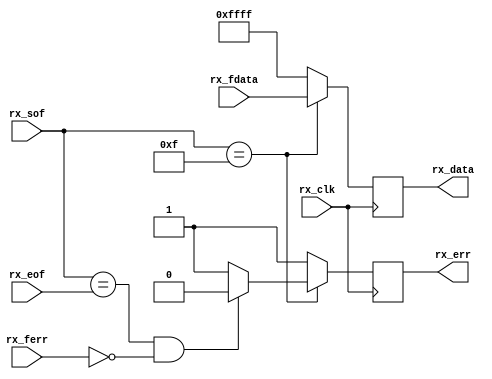
module cf_jesd_align_1 (

  // jesd interface

  rx_clk,
  rx_sof,
  rx_eof,
  rx_ferr,
  rx_fdata,

  // aligned data

  rx_err,
  rx_data);

  // jesd interface

  input           rx_clk;
  input   [ 3:0]  rx_sof;
  input   [ 3:0]  rx_eof;
  input   [ 3:0]  rx_ferr;
  input   [31:0]  rx_fdata;

  // aligned data

  output          rx_err;
  output  [31:0]  rx_data;

  reg             rx_err = 'd0;
  reg     [31:0]  rx_data = 'd0;
 
  wire            rx_err_s;

  // error conditions- sof & eof are the same - 1 byte per frame!

  assign rx_err_s = ((rx_sof == rx_eof) && (rx_ferr == 4'd0)) ? 1'b0 : 1'b1;

  // 1 bytes per frame - so only 1 combination

  always @(posedge rx_clk) begin
    case (rx_sof)
      4'b1111: begin
        rx_err <= rx_err_s;
        rx_data <= rx_fdata;
      end
      default: begin
        rx_err <= 1'b1;
        rx_data <= 32'hffff;
      end
    endcase
  end

endmodule